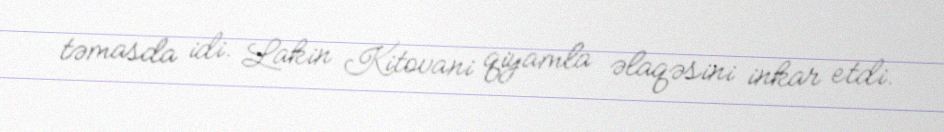
təmasda idi. Lakin Kitovani qiyamla əlaqəsini inkar etdi.